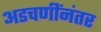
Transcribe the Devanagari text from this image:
अडचणींनंतर